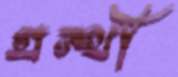
গ্রন্থী